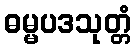
ဓမ္မပဒသုတ္တံ